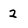
Character: 2